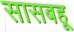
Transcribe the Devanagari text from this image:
सासबहू